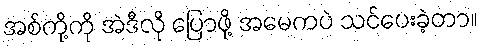
အစ်ကို့ကို အဲဒီလို ပြောဖို့ အမေကပဲ သင်ပေးခဲ့တာ။